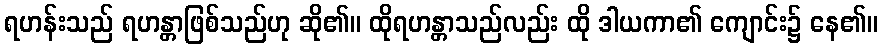
ရဟန်းသည် ရဟန္တာဖြစ်သည်ဟု ဆို၏။ ထိုရဟန္တာသည်လည်း ထို ဒါယကာ၏ ကျောင်း၌ နေ၏။